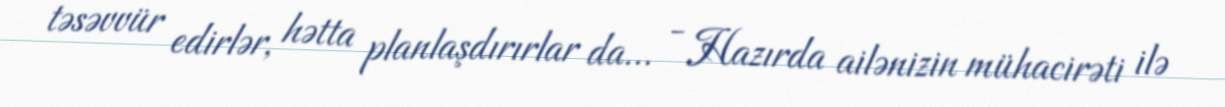
təsəvvür edirlər, hətta planlaşdırırlar da... - Hazırda ailənizin mühacirəti ilə